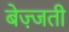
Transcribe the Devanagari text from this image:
बेज़्जती